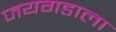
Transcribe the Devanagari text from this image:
जयगडाला